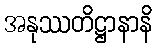
အနုဿတိဋ္ဌာနာနိ